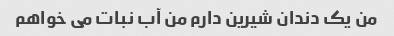
من یک دندان شیرین دارم من آب نبات می خواهم